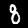
Digit: 8